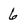
Character: 6